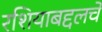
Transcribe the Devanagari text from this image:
रशियाबद्दलचे